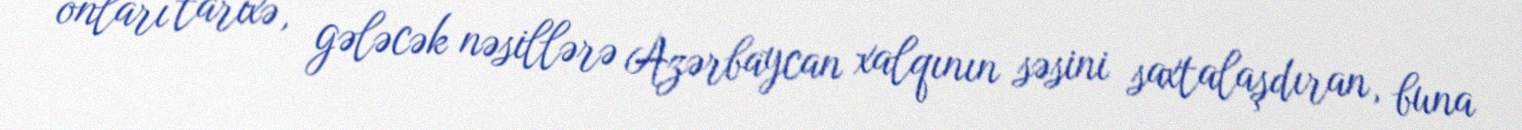
onları tarixə, gələcək nəsillərə Azərbaycan xalqının səsini saxtalaşdıran, buna